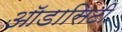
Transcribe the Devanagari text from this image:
ऑडासिटी